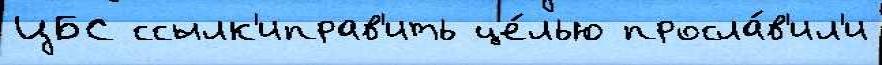
ЦБС ссылк'иправ'ить це́лью просла́в'ил'и